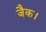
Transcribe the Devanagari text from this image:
जैक।